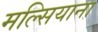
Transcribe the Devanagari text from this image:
मल्सियाना